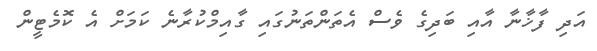
އަދި ފާޚާނާ އާއި ބަދިގެ ވެސް އެތަންތަނުގައި ގާއިމްކުރާނެ ކަމަށް އެ ކޮމެޓީން